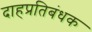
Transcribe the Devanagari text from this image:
दाहप्रतिबंधक